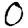
Digit: 0